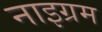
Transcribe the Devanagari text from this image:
नाइग्रम